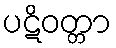
ပဋိဝတ္တာ